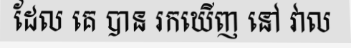
ដែល គេ បាន រកឃើញ នៅ វាល